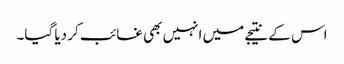
اس کے نتیجے میں انہیں بھی غائب کر دیا گیا۔